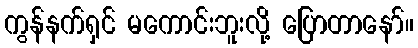
ကွန်နက်ရှင် မကောင်းဘူးလို့ ပြောတာနော်။